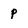
Character: p